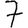
Digit: 7